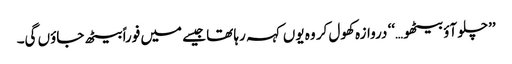
’’چلو آؤ بیٹھو…‘‘ دروازہ کھول کر وہ یوں کہہ رہا تھا جیسے میں فوراً بیٹھ جاؤں گی۔